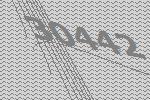
30442